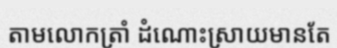
តាមលោកត្រាំ ដំណោះស្រាយមានតែ